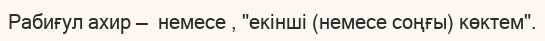
Рабиғул ахир —  немесе , "екінші (немесе соңғы) көктем".